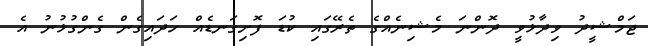
ޖަމްޝީދު ވިދާޅުވީ ދޮންނަ މެޝިނެއްގެ ތެރޭގައި ކުޑަ ފޮށިގަނޑެއް ހަދައިގެން ގެންގުޅުނު އެ